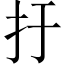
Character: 扜